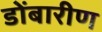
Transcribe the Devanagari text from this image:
डोंबारीण